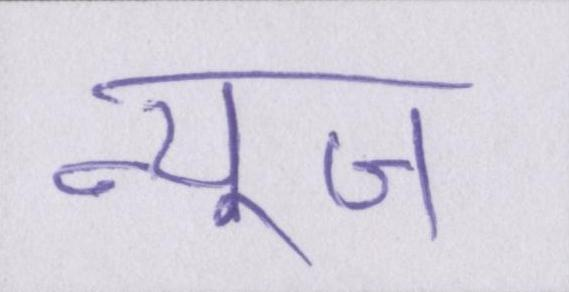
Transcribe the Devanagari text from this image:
न्यूज